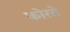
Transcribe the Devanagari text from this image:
कोरते